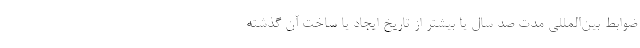
ضوابط بین‌المللی مدت صد سال یا بیشتر از تاریخ ایجاد یا ساخت آن گذشته